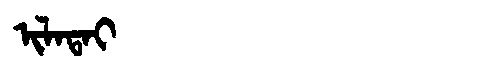
Manchu: ᡳᠯᠠᡨᠠᡳ
Romanization: ILATAI